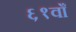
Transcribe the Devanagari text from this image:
६१वाँ